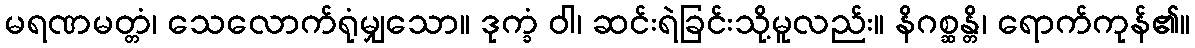
မရဏမတ္တံ၊ သေလောက်ရုံမျှသော။ ဒုက္ခံ ဝါ၊ ဆင်းရဲခြင်းသို့မူလည်း။ နိဂစ္ဆန္တိ၊ ရောက်ကုန်၏။